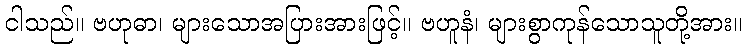
ငါသည်။ ဗဟုဓာ၊ များသောအပြားအားဖြင့်။ ဗဟူနံ၊ များစွာကုန်သောသူတို့အား။